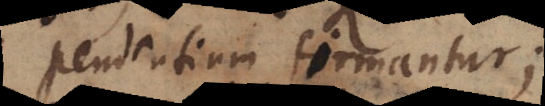
pendentium firmantur;